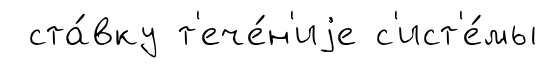
ста́вку т'ече́н'иjе с'ист'е́мы